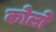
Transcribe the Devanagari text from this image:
कोलो